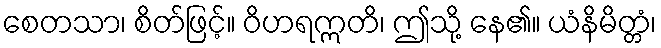
စေတသာ၊ စိတ်ဖြင့်။ ဝိဟရဣတိ၊ ဤသို့ နေ၏။ ယံနိမိတ္တံ၊